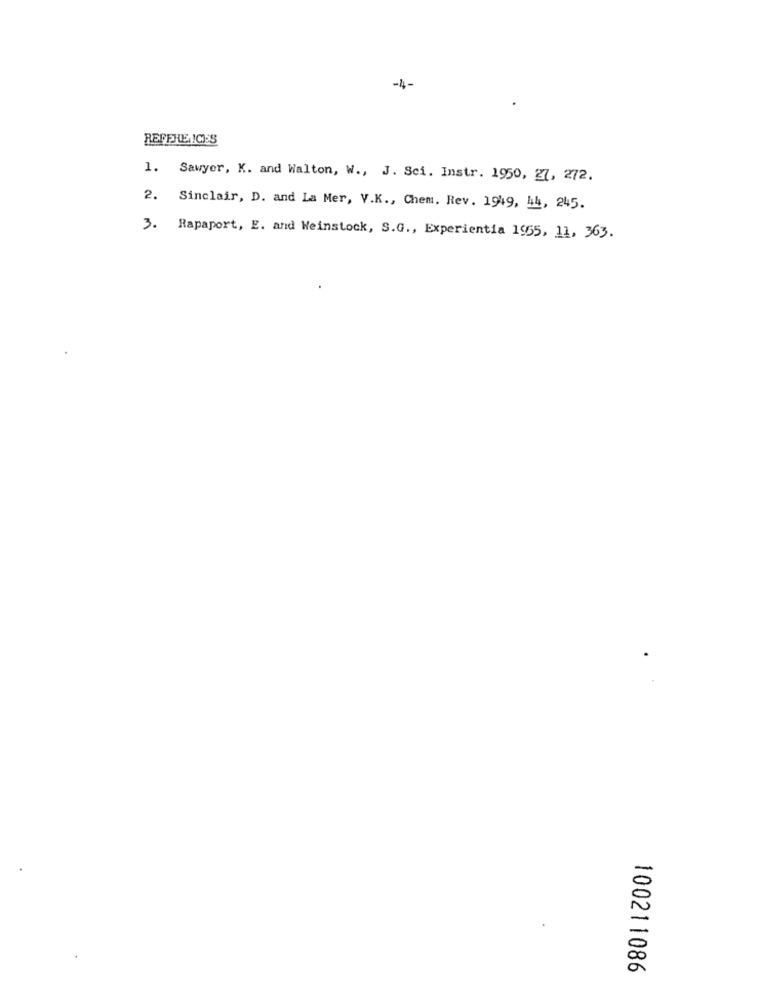
-4-
REFERE IC'S
1. Sawyer, K. and Walton, W ., J. Sci. Instr. 1950, 27, 272.
2. Sinclair, D. and La Mer, V.K ., Chem. Rev. 1949, 44, 245.
3.
Rapaport, E. and Weinstock, S.G ., Experientia 1965, 11, 363.
100211086